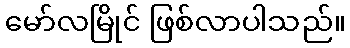
မော်လမြိုင် ဖြစ်လာပါသည်။